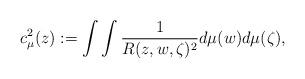
LaTeX: \begin{align*} c^2_{\mu}(z):=\int\int\frac{1}{R(z,w,\zeta)^2}d\mu(w)d\mu(\zeta),\end{align*}